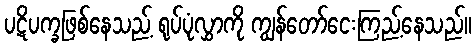
ပဋိပက္ခဖြစ်နေသည့် ရုပ်ပုံလွှာကို ကျွန်တော်ငေးကြည့်နေသည်။